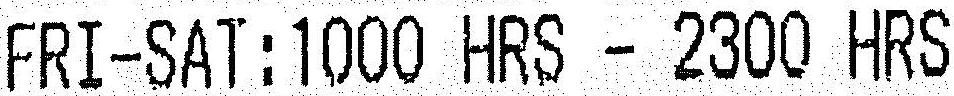
FRI-SAT:1000 HRS - 2300 HRS